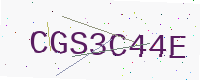
Text: CGS3C44E